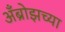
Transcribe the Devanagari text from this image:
अँब्रोझच्या